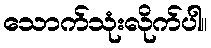
သောက်သုံးလိုက်ပါ။